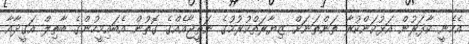
އެހެނީ ކާފަރުން އަޅުކަންކުރާ ތަންތަނަށް ޒިޔާރަތްކުރުމުގެ ނަތީޖާއެއްގެ ގޮތުން އެބައިމީހުންގެ ބާތިލް އަގީދާއާ